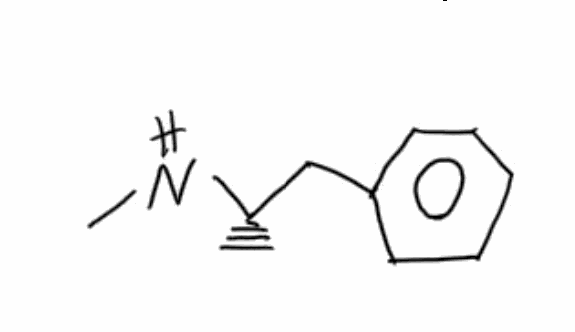
Simplified molecular-input line-entry system (SMILES) notation of the given molecule:
C[C@@H](CC1=CC=CC=C1)NC